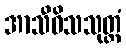
အာသီဝိသသုတ္တံ